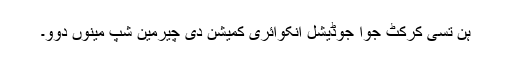
ہُن تسی کرکٹ جوا جوڈیشل انکوائری کمیشن دی چیرمین شپ مینوں دوو۔